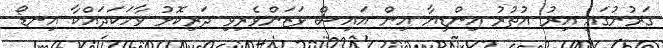
ގަރުނުގައި އިރު އުތުރު އިންޑިޔާ އިން އައިސް ވަޒަންވެރިވި ދަރިކޮޅު ވާހަކަދައްކާ އިނޑޯ